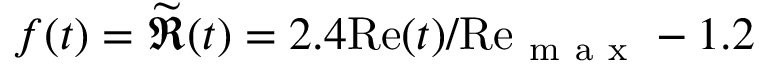
f ( t ) = \widetilde { \Re } ( t ) = 2 . 4 \mathrm { R e } ( t ) / \mathrm { R e } _ { \mathrm { ~ m ~ a ~ x ~ } } - 1 . 2